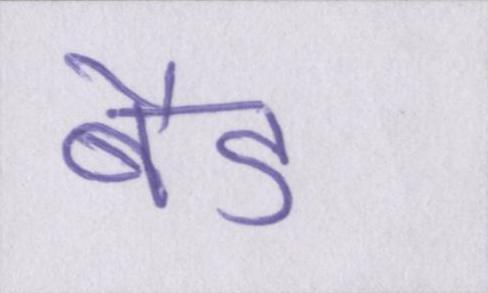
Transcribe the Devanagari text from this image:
बैड